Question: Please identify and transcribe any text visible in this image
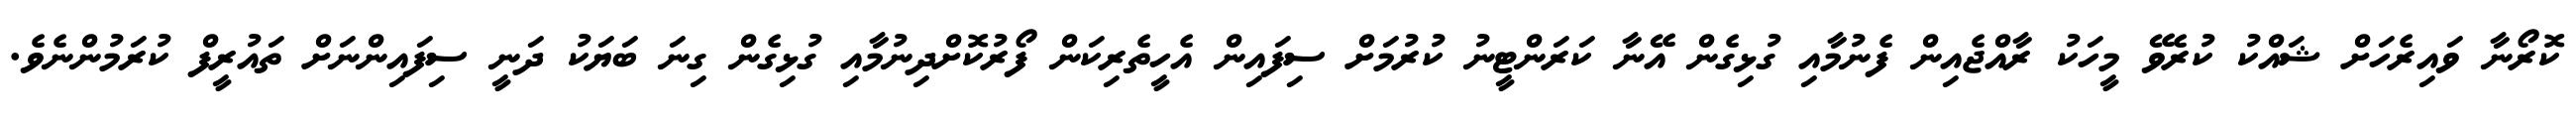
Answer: ކޮރޯނާ ވައިރެހަށް ޝައްކު ކުރެވޭ މީހަކު ރާއްޖެއިން ފެނުމާއި ގުޅިގެން އޭނާ ކަރަންޓީނު ކުރުމަށް ސިފައިން އެހީތެރިކަން ފޯރުކޮށްދިނުމާއި ގުޅިގެން ގިނަ ބަޔަކު ދަނީ ސިފައިންނަށް ތައުރީފް ކުރަމުންނެވެ.